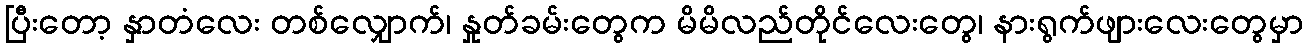
ပြီးတော့ နှာတံလေး တစ်လျှောက်၊ နှုတ်ခမ်းတွေက မိမိလည်တိုင်လေးတွေ၊ နားရွက်ဖျားလေးတွေမှာ